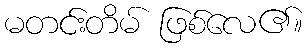
မတင်းတိမ် ဖြစ်လေ၏။